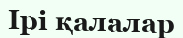
Ірі қалалар